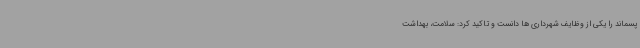
پسماند را یکی از وظایف شهرداری ها دانست و تاکید کرد: سلامت، بهداشت